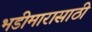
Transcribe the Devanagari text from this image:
भडीमारासाठी